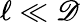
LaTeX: \ell\ll\mathscr{D}